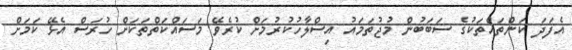
އެފަދަ ކަންތައްތަކުގެ ސަބަބުން މުޖުތަމައު އިސްލާހުކުރުމަށް ކުރެވޭ މަސައްކަތްތަކަށް ހުރަސް އެޅޭ ކަމަށް